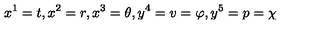
x ^ { 1 } = t , x ^ { 2 } = r , x ^ { 3 } = \theta , y ^ { 4 } = v = \varphi , y ^ { 5 } = p = \chi